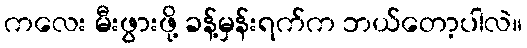
ကလေး မီးဖွားဖို့ ခန့်မှန်းရက်က ဘယ်တော့ပါလဲ။